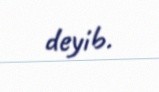
deyib.